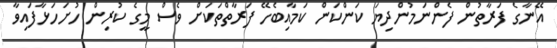
އޭނާގެ ފަރާތުން ފެންނަމުންދިޔަ ކަންކަން ކަމާއިބެހޭ ފަރާތްތަކަށް ވެސް މީގެ ކުރިން ހުށަހަޅާފައިވާ